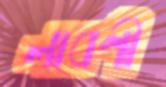
লাবণী